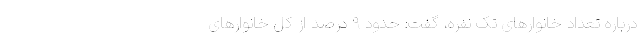
درباره تعداد خانوارهای تک نفره، گفت: حدود ۹ درصد از کل خانوارهای